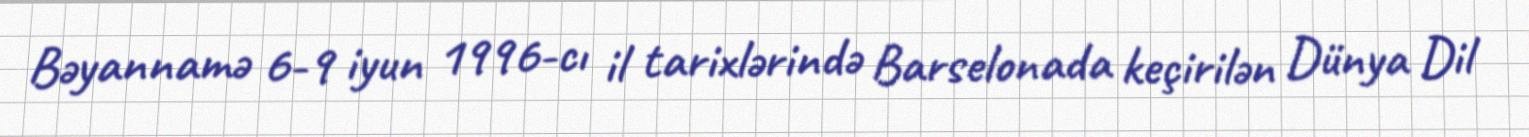
Bəyannamə 6-9 iyun 1996-cı il tarixlərində Barselonada keçirilən Dünya Dil